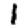
Digit: 1